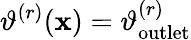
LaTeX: \vartheta^{(r)}(\mathbf{x})=\vartheta_{\mathrm{outlet}}^{(r)}